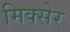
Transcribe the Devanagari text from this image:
मिक्सेर